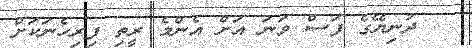
ދުނިޔޭގެ ފަސް ވަނަ އަށް އެންމެ ރީތި ފިރިހެނަކަށް